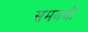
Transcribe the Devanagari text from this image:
समयभी